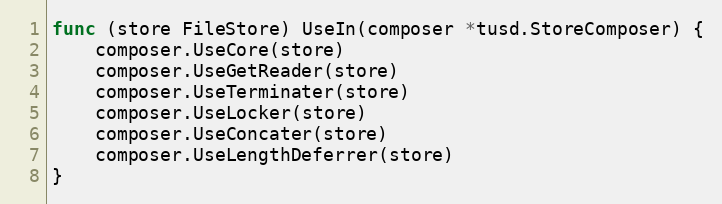
Language: Go
func (store FileStore) UseIn(composer *tusd.StoreComposer) {
	composer.UseCore(store)
	composer.UseGetReader(store)
	composer.UseTerminater(store)
	composer.UseLocker(store)
	composer.UseConcater(store)
	composer.UseLengthDeferrer(store)
}